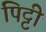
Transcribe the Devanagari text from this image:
पिट्टी